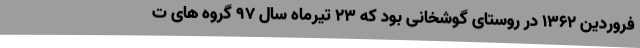
فروردین 1362 در روستای گوشخانی بود که 23 تیرماه سال 97 گروه های ت